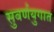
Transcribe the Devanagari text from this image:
सुवर्णयुगात